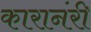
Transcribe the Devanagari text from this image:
कारानंरी